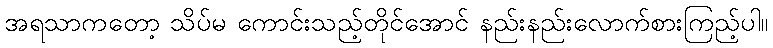
အရသာကတော့ သိပ်မ ကောင်းသည့်တိုင်အောင် နည်းနည်းလောက်စားကြည့်ပါ။